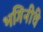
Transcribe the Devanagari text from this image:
भगिनींचे